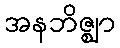
အနဘိဇ္ဈာ